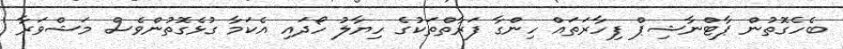
ބެހެގޮތުން ޕާޓްނާޝިޕް ފިހާރަތައް ހިންގާ ފަރާތްތަކުގެ ހިޔާލު ހޯދައި އެކަމާ ގުޅެގޮތުންވެސް މަޝްވަރާ